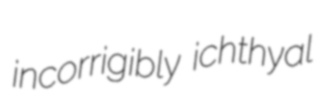
incorrigibly ichthyal